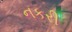
નકરી